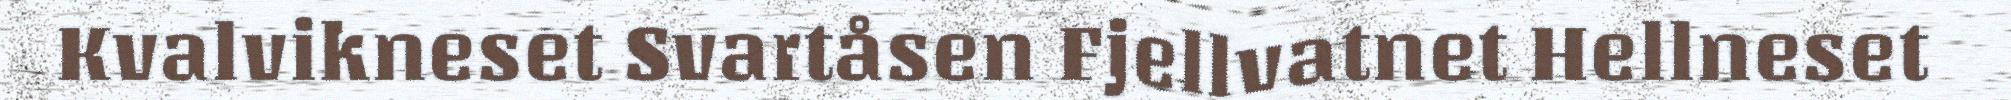
Kvalvikneset Svartåsen Fjellvatnet Hellneset